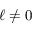
\ell \neq 0